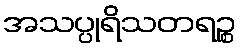
အသပ္ပုရိသတရဉ္စ